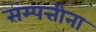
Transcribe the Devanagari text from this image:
संम्पत्तीना